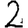
Digit: 2